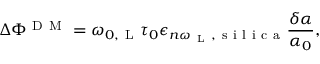
\Delta \Phi ^ { \mathrm { ~ D ~ M ~ } } = \omega _ { 0 , \mathrm { ~ L ~ } } \tau _ { 0 } \epsilon _ { n \omega _ { \mathrm { ~ L ~ } } , \mathrm { ~ s ~ i ~ l ~ i ~ c ~ a ~ } } \frac { \delta \alpha } { \alpha _ { 0 } } ,